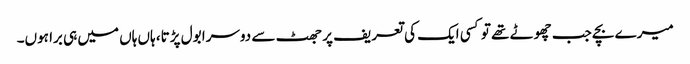
میرے بچے جب چھوٹے تھے تو کسی ایک کی تعریف پر جھٹ سے دوسرا بول پڑتا، ہاں ہاں میں ہی برا ہوں۔